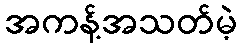
အကန့်အသတ်မဲ့